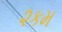
૨કમ